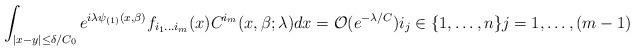
LaTeX: \begin{align*}\int_{|x-y|\leq\delta/C_{0}}e^{i\lambda \psi_{(1)}(x,\beta)}f_{i_{1}...i_{m}}(x)C^{i_{m}}(x,\beta;\lambda)dx=\mathcal{O}(e^{-\lambda/C}) i_{j}\in\{1,\dots, n\} j = 1, \dots , (m-1)\end{align*}